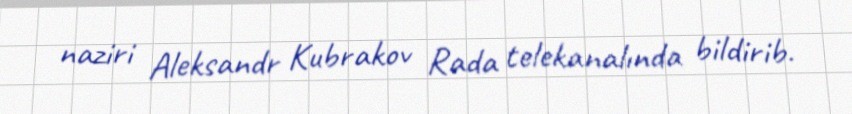
naziri Aleksandr Kubrakov Rada telekanalında bildirib.